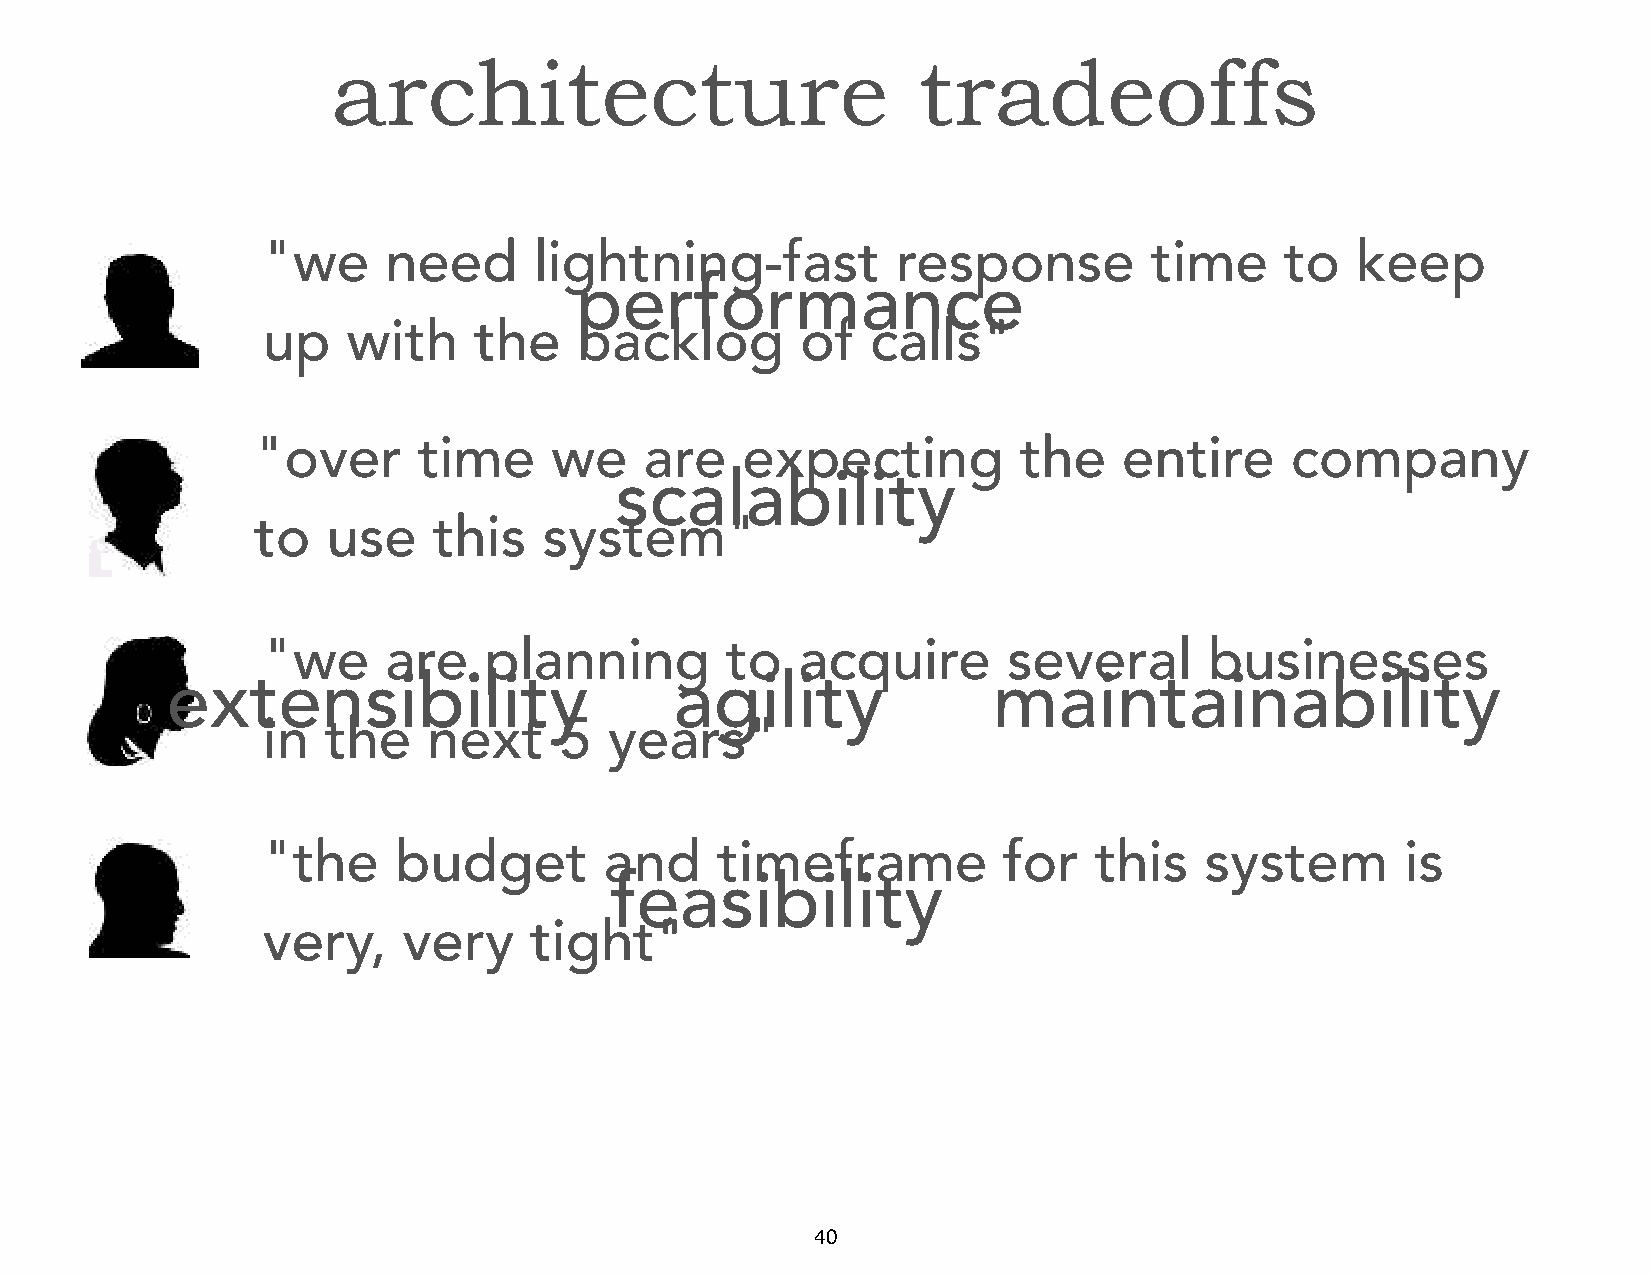
architecture                           tradeoffs
 "we     need      lightning-fast          response         time     to   keep
 performance
 up    with    the    backlog        of   calls"
 "over      time    we     are   expecting         the    entire     company
 scalability
 to   use    this   system"
 "we     are    planning        to   acquire       several      businesses
 extensibility                     agility              maintainability
 in   the   next     5  years"
 "the     budget        and    timeframe          for   this    system       is
 feasibility
 very,     very    tight"
 40